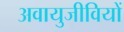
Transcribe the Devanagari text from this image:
अवायुजीवियों